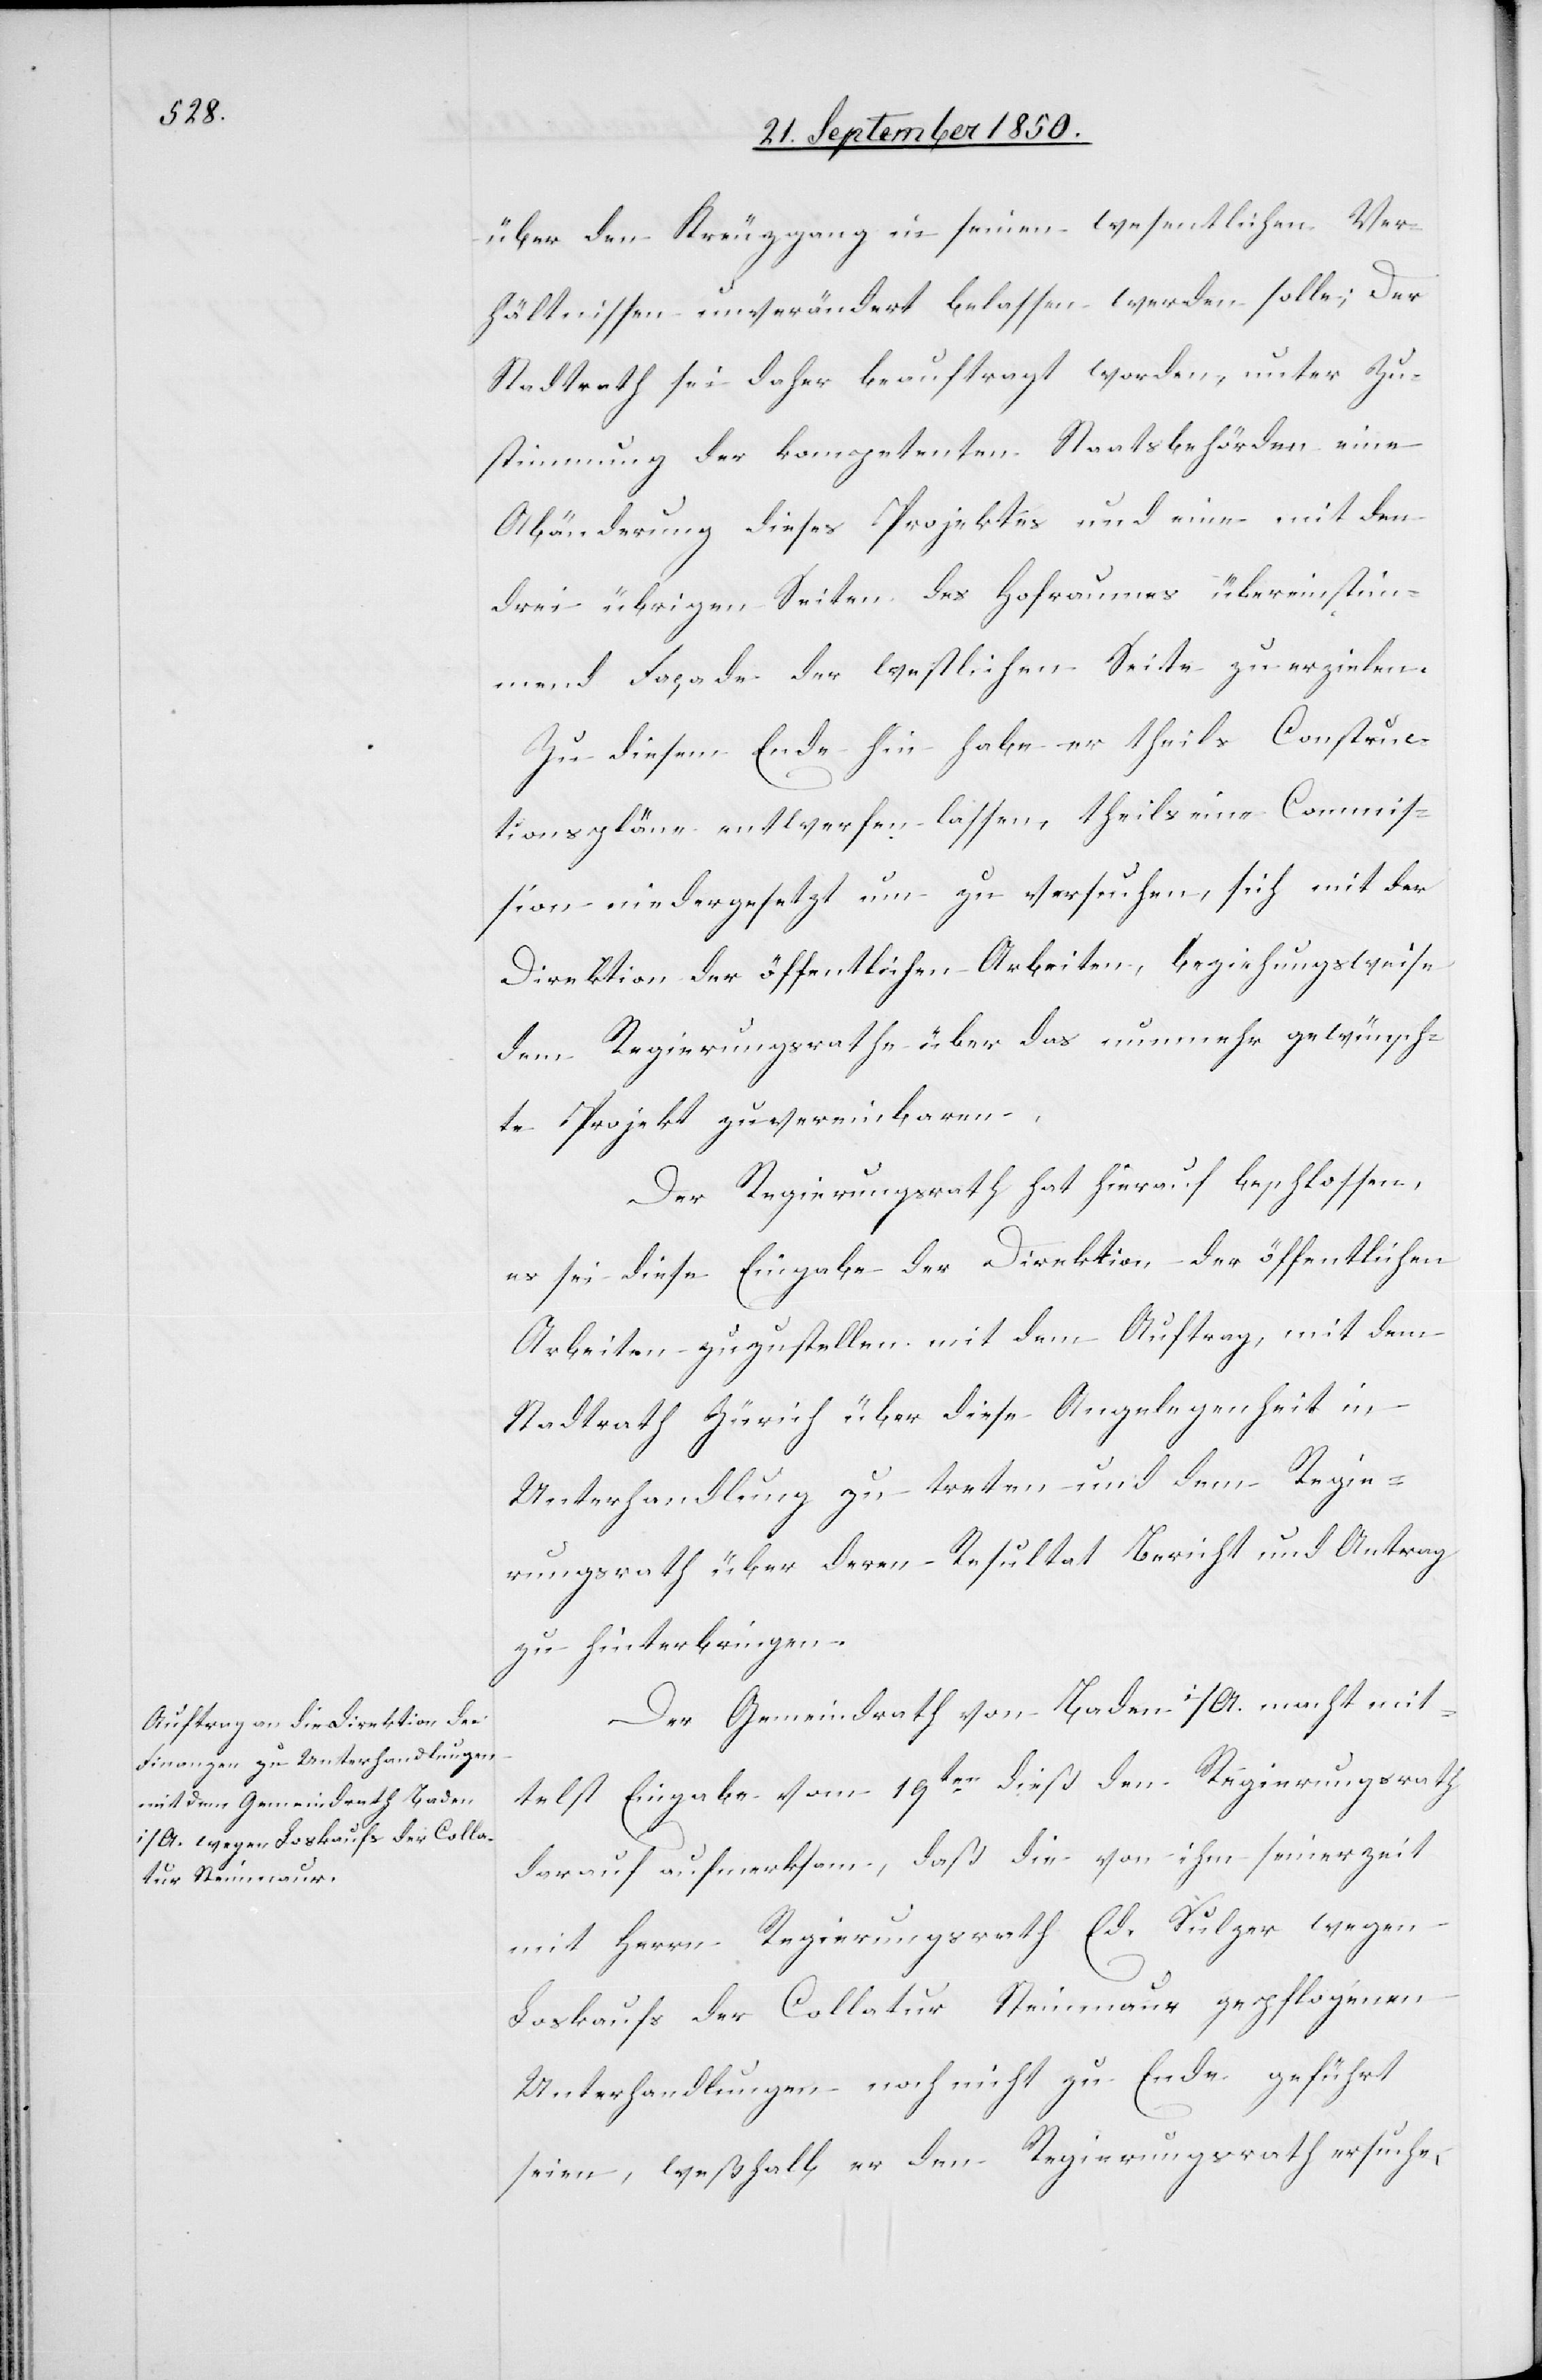
über den Kreuzgang in seinen wesentlichen Ver¬
hältnissen unverändert belassen werden solle; Der
Stadtrath sei daher beauftragt worden, unter Zu¬
stimmung der kompetenten Staatsbehörden eine
Abänderung dieses Projektes und eine mit den
drei übrigen Seiten des Hofraumes übereinstim¬
mend Façade der westlichen Seite zu erzielen.
Zu diesem Ende hin habe er theils Construc¬
tionspläne entwerfen lassen, theils eine Commis¬
sion niedergesetzt um zu versuchen, sich mit der
Direktion der öffentlichen Arbeiten, beziehungsweise
dem Regierungsrathe über das nunmehr gewünsch¬
te Projekt zu vereinbaren.
Der Regierungsrath hat hierauf beschlossen,
es sei diese Eingabe der Direktion der öffentlichen
Arbeiten zuzustellen mit dem Auftrag, mit dem
Stadtrath Zürich über diese Angelegenheit in
Unterhandlung zu treten und dem Regie¬
rungsrath über deren Resultat Bericht und Antrag
zu hinterbringen.
Der Gemeindrath von Baden i/A. macht mit¬
telst Eingabe vom 19ten dieß den Regierungsrath
darauf aufmerksam, daß die von ihm seinerzeit
mit Herrn Regierungsrath Ed. Sulzer wegen
Loskaufs der Collatur Steinmaur gepflogenen
Unterhandlungen noch nicht zu Ende geführt
seien, weßhalb er den Regierungsrath ersuche,